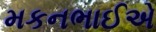
મકનભાઈએ